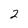
Character: 2